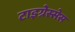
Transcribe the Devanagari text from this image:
टाइग्रेस्सेस